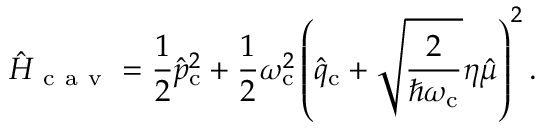
\hat { H } _ { \mathrm { ~ c ~ a ~ v ~ } } = \frac { 1 } { 2 } \hat { p } _ { \mathrm { c } } ^ { 2 } + \frac { 1 } { 2 } \omega _ { \mathrm { c } } ^ { 2 } \left( \hat { q } _ { \mathrm { c } } + \sqrt { \frac { 2 } { \hbar \omega _ { \mathrm { c } } } } \eta \hat { \mu } \right) ^ { 2 } .